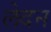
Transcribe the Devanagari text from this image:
लेदन